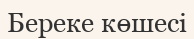
Береке көшесі